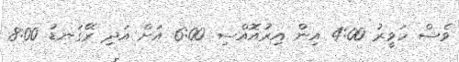
ވެސް ހަވީރު 4:00 އިން އިރުއޮއްސި 6:00 އަށް އަދި ރޭގަނޑު 8:00